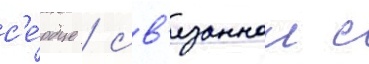
с'е́рдце / св'язаннои с